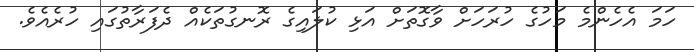
ހަމަ އެހެންމެ މަހުގެ ހުރަހަށް ވާގޮތަށް އަޅި ކުލައިގެ ރޮނގުތަކެއް ދެފަރާތުގައި ހުރެއެވެ.